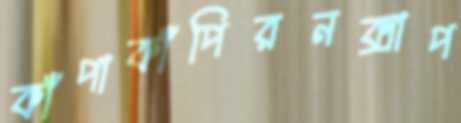
কাঁপাকাঁপিরনক্সাপ